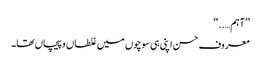
’’آہم…..‘‘
معروف حسن اپنی ہی سوچوں میں غلطاں و پیچاں تھا۔